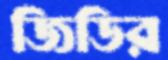
জিডির